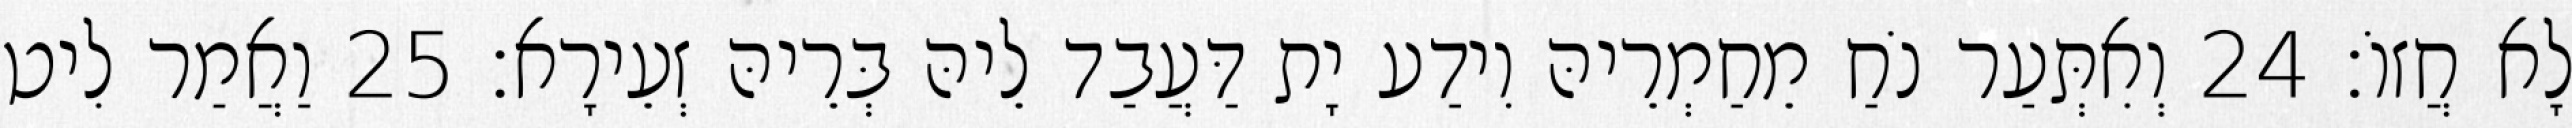
לָא חֲזוֹ׃ 24 וְאִתְּעַר נֹחַ מֵחַמְרֵיהּ וִידַע יָת דַּעֲבַד לֵיהּ בְּרֵיהּ זְעֵירָא׃ 25 וַאֲמַר לִיט